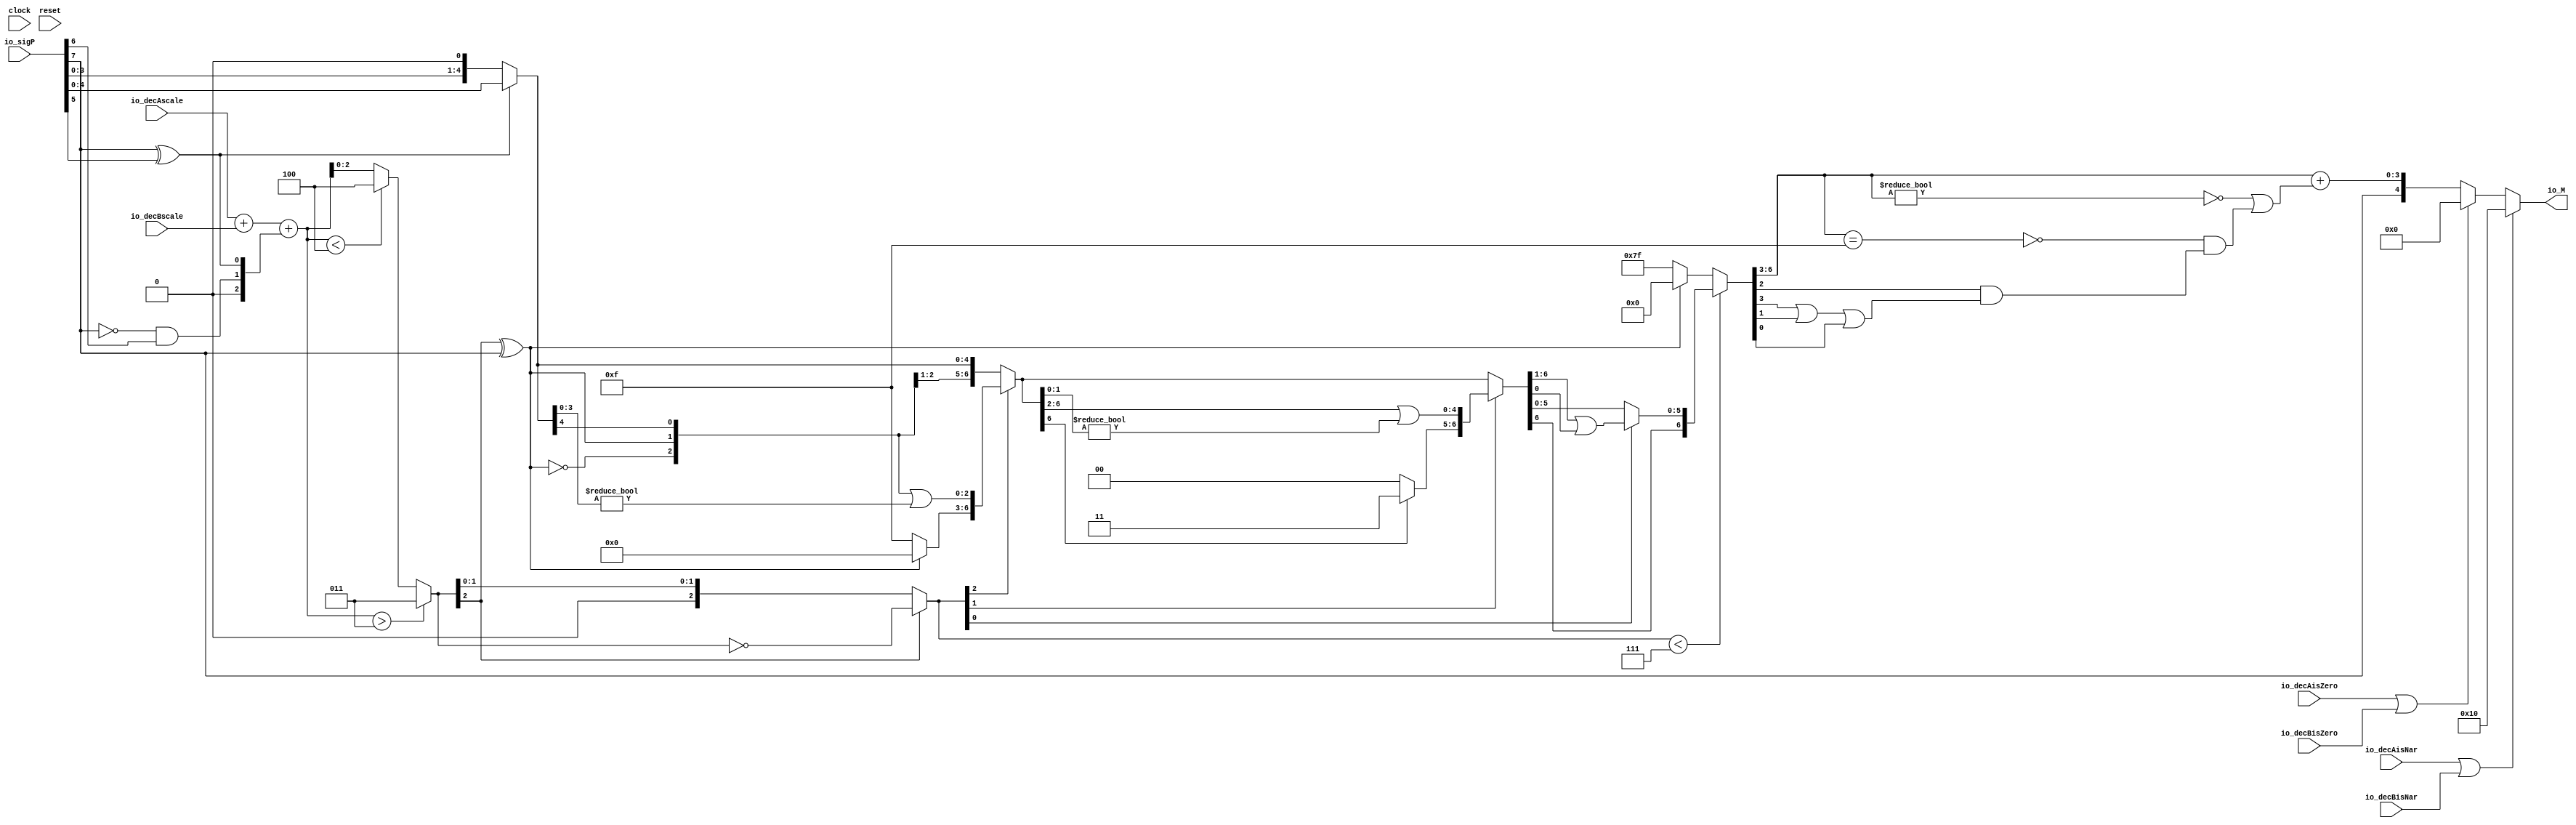
module PositMulEnc5_0(
  input        clock,
  input        reset,
  input  [7:0] io_sigP,
  input  [2:0] io_decAscale,
  input  [2:0] io_decBscale,
  input        io_decAisNar,
  input        io_decBisNar,
  input        io_decAisZero,
  input        io_decBisZero,
  output [4:0] io_M
);
  wire [1:0] head2; // @[PositMulEnc.scala 24:33]
  wire  _T; // @[PositMulEnc.scala 25:31]
  wire  _T_1; // @[PositMulEnc.scala 25:25]
  wire  _T_2; // @[PositMulEnc.scala 25:42]
  wire  addTwo; // @[PositMulEnc.scala 25:35]
  wire  _T_3; // @[PositMulEnc.scala 27:26]
  wire  _T_4; // @[PositMulEnc.scala 27:55]
  wire  addOne; // @[PositMulEnc.scala 27:46]
  wire [1:0] _T_5; // @[Cat.scala 29:58]
  wire [2:0] expBias; // @[PositMulEnc.scala 28:39]
  wire [4:0] _T_6; // @[PositMulEnc.scala 31:84]
  wire [3:0] _T_7; // @[PositMulEnc.scala 32:84]
  wire [4:0] _T_8; // @[PositMulEnc.scala 32:107]
  wire [4:0] frac; // @[PositMulEnc.scala 29:22]
  wire [3:0] _T_9; // @[PositMulEnc.scala 35:32]
  wire [3:0] _GEN_0; // @[PositMulEnc.scala 35:48]
  wire [3:0] _T_11; // @[PositMulEnc.scala 35:48]
  wire [3:0] mulScale; // @[PositMulEnc.scala 35:48]
  wire  underflow; // @[PositMulEnc.scala 36:28]
  wire  overflow; // @[PositMulEnc.scala 37:28]
  wire  decM_sign; // @[PositMulEnc.scala 40:32]
  wire [3:0] _T_14; // @[Mux.scala 87:16]
  wire [3:0] _T_15; // @[Mux.scala 87:16]
  wire [1:0] decM_fraction; // @[PositMulEnc.scala 48:29]
  wire  decM_isNaR; // @[PositMulEnc.scala 49:33]
  wire  decM_isZero; // @[PositMulEnc.scala 50:34]
  wire [2:0] grsTmp; // @[PositMulEnc.scala 53:30]
  wire [1:0] _T_19; // @[PositMulEnc.scala 56:32]
  wire  _T_20; // @[PositMulEnc.scala 56:48]
  wire [2:0] _GEN_1; // @[PositMulEnc.scala 39:23 PositMulEnc.scala 41:17]
  wire [2:0] decM_scale; // @[PositMulEnc.scala 39:23 PositMulEnc.scala 41:17]
  wire  _T_25; // @[convert.scala 49:36]
  wire [2:0] _T_27; // @[convert.scala 50:36]
  wire [2:0] _T_28; // @[convert.scala 50:36]
  wire [2:0] _T_29; // @[convert.scala 50:28]
  wire  _T_30; // @[convert.scala 51:31]
  wire  _T_31; // @[convert.scala 53:34]
  wire [6:0] _T_34; // @[Cat.scala 29:58]
  wire [2:0] _T_35; // @[Shift.scala 39:17]
  wire  _T_36; // @[Shift.scala 39:24]
  wire [2:0] _T_38; // @[Shift.scala 90:30]
  wire [3:0] _T_39; // @[Shift.scala 90:48]
  wire  _T_40; // @[Shift.scala 90:57]
  wire [2:0] _GEN_2; // @[Shift.scala 90:39]
  wire [2:0] _T_41; // @[Shift.scala 90:39]
  wire  _T_42; // @[Shift.scala 12:21]
  wire  _T_43; // @[Shift.scala 12:21]
  wire [3:0] _T_45; // @[Bitwise.scala 71:12]
  wire [6:0] _T_46; // @[Cat.scala 29:58]
  wire [6:0] _T_47; // @[Shift.scala 91:22]
  wire [1:0] _T_48; // @[Shift.scala 92:77]
  wire [4:0] _T_49; // @[Shift.scala 90:30]
  wire [1:0] _T_50; // @[Shift.scala 90:48]
  wire  _T_51; // @[Shift.scala 90:57]
  wire [4:0] _GEN_3; // @[Shift.scala 90:39]
  wire [4:0] _T_52; // @[Shift.scala 90:39]
  wire  _T_53; // @[Shift.scala 12:21]
  wire  _T_54; // @[Shift.scala 12:21]
  wire [1:0] _T_56; // @[Bitwise.scala 71:12]
  wire [6:0] _T_57; // @[Cat.scala 29:58]
  wire [6:0] _T_58; // @[Shift.scala 91:22]
  wire  _T_59; // @[Shift.scala 92:77]
  wire [5:0] _T_60; // @[Shift.scala 90:30]
  wire  _T_61; // @[Shift.scala 90:48]
  wire [5:0] _GEN_4; // @[Shift.scala 90:39]
  wire [5:0] _T_63; // @[Shift.scala 90:39]
  wire  _T_65; // @[Shift.scala 12:21]
  wire [6:0] _T_66; // @[Cat.scala 29:58]
  wire [6:0] _T_67; // @[Shift.scala 91:22]
  wire [6:0] _T_70; // @[Bitwise.scala 71:12]
  wire [6:0] _T_71; // @[Shift.scala 39:10]
  wire  _T_72; // @[convert.scala 55:31]
  wire  _T_73; // @[convert.scala 56:31]
  wire  _T_74; // @[convert.scala 57:31]
  wire  _T_75; // @[convert.scala 58:31]
  wire [3:0] _T_76; // @[convert.scala 59:69]
  wire  _T_77; // @[convert.scala 59:81]
  wire  _T_78; // @[convert.scala 59:50]
  wire  _T_80; // @[convert.scala 60:81]
  wire  _T_81; // @[convert.scala 61:44]
  wire  _T_82; // @[convert.scala 61:52]
  wire  _T_83; // @[convert.scala 61:36]
  wire  _T_84; // @[convert.scala 62:63]
  wire  _T_85; // @[convert.scala 62:103]
  wire  _T_86; // @[convert.scala 62:60]
  wire [3:0] _GEN_5; // @[convert.scala 63:56]
  wire [3:0] _T_89; // @[convert.scala 63:56]
  wire [4:0] _T_90; // @[Cat.scala 29:58]
  wire [4:0] _T_92; // @[Mux.scala 87:16]
  assign head2 = io_sigP[7:6]; // @[PositMulEnc.scala 24:33]
  assign _T = head2[1]; // @[PositMulEnc.scala 25:31]
  assign _T_1 = ~ _T; // @[PositMulEnc.scala 25:25]
  assign _T_2 = head2[0]; // @[PositMulEnc.scala 25:42]
  assign addTwo = _T_1 & _T_2; // @[PositMulEnc.scala 25:35]
  assign _T_3 = io_sigP[7]; // @[PositMulEnc.scala 27:26]
  assign _T_4 = io_sigP[5]; // @[PositMulEnc.scala 27:55]
  assign addOne = _T_3 ^ _T_4; // @[PositMulEnc.scala 27:46]
  assign _T_5 = {addTwo,addOne}; // @[Cat.scala 29:58]
  assign expBias = {1'b0,$signed(_T_5)}; // @[PositMulEnc.scala 28:39]
  assign _T_6 = io_sigP[4:0]; // @[PositMulEnc.scala 31:84]
  assign _T_7 = io_sigP[3:0]; // @[PositMulEnc.scala 32:84]
  assign _T_8 = {_T_7, 1'h0}; // @[PositMulEnc.scala 32:107]
  assign frac = addOne ? _T_6 : _T_8; // @[PositMulEnc.scala 29:22]
  assign _T_9 = $signed(io_decAscale) + $signed(io_decBscale); // @[PositMulEnc.scala 35:32]
  assign _GEN_0 = {{1{expBias[2]}},expBias}; // @[PositMulEnc.scala 35:48]
  assign _T_11 = $signed(_T_9) + $signed(_GEN_0); // @[PositMulEnc.scala 35:48]
  assign mulScale = $signed(_T_11); // @[PositMulEnc.scala 35:48]
  assign underflow = $signed(mulScale) < $signed(-4'sh4); // @[PositMulEnc.scala 36:28]
  assign overflow = $signed(mulScale) > $signed(4'sh3); // @[PositMulEnc.scala 37:28]
  assign decM_sign = io_sigP[7:7]; // @[PositMulEnc.scala 40:32]
  assign _T_14 = underflow ? $signed(-4'sh4) : $signed(mulScale); // @[Mux.scala 87:16]
  assign _T_15 = overflow ? $signed(4'sh3) : $signed(_T_14); // @[Mux.scala 87:16]
  assign decM_fraction = frac[4:3]; // @[PositMulEnc.scala 48:29]
  assign decM_isNaR = io_decAisNar | io_decBisNar; // @[PositMulEnc.scala 49:33]
  assign decM_isZero = io_decAisZero | io_decBisZero; // @[PositMulEnc.scala 50:34]
  assign grsTmp = frac[2:0]; // @[PositMulEnc.scala 53:30]
  assign _T_19 = grsTmp[2:1]; // @[PositMulEnc.scala 56:32]
  assign _T_20 = grsTmp[0:0]; // @[PositMulEnc.scala 56:48]
  assign _GEN_1 = _T_15[2:0]; // @[PositMulEnc.scala 39:23 PositMulEnc.scala 41:17]
  assign decM_scale = $signed(_GEN_1); // @[PositMulEnc.scala 39:23 PositMulEnc.scala 41:17]
  assign _T_25 = decM_scale[2:2]; // @[convert.scala 49:36]
  assign _T_27 = ~ decM_scale; // @[convert.scala 50:36]
  assign _T_28 = $signed(_T_27); // @[convert.scala 50:36]
  assign _T_29 = _T_25 ? $signed(_T_28) : $signed(decM_scale); // @[convert.scala 50:28]
  assign _T_30 = _T_25 ^ decM_sign; // @[convert.scala 51:31]
  assign _T_31 = ~ _T_30; // @[convert.scala 53:34]
  assign _T_34 = {_T_31,_T_30,decM_fraction,_T_19,_T_20}; // @[Cat.scala 29:58]
  assign _T_35 = $unsigned(_T_29); // @[Shift.scala 39:17]
  assign _T_36 = _T_35 < 3'h7; // @[Shift.scala 39:24]
  assign _T_38 = _T_34[6:4]; // @[Shift.scala 90:30]
  assign _T_39 = _T_34[3:0]; // @[Shift.scala 90:48]
  assign _T_40 = _T_39 != 4'h0; // @[Shift.scala 90:57]
  assign _GEN_2 = {{2'd0}, _T_40}; // @[Shift.scala 90:39]
  assign _T_41 = _T_38 | _GEN_2; // @[Shift.scala 90:39]
  assign _T_42 = _T_35[2]; // @[Shift.scala 12:21]
  assign _T_43 = _T_34[6]; // @[Shift.scala 12:21]
  assign _T_45 = _T_43 ? 4'hf : 4'h0; // @[Bitwise.scala 71:12]
  assign _T_46 = {_T_45,_T_41}; // @[Cat.scala 29:58]
  assign _T_47 = _T_42 ? _T_46 : _T_34; // @[Shift.scala 91:22]
  assign _T_48 = _T_35[1:0]; // @[Shift.scala 92:77]
  assign _T_49 = _T_47[6:2]; // @[Shift.scala 90:30]
  assign _T_50 = _T_47[1:0]; // @[Shift.scala 90:48]
  assign _T_51 = _T_50 != 2'h0; // @[Shift.scala 90:57]
  assign _GEN_3 = {{4'd0}, _T_51}; // @[Shift.scala 90:39]
  assign _T_52 = _T_49 | _GEN_3; // @[Shift.scala 90:39]
  assign _T_53 = _T_48[1]; // @[Shift.scala 12:21]
  assign _T_54 = _T_47[6]; // @[Shift.scala 12:21]
  assign _T_56 = _T_54 ? 2'h3 : 2'h0; // @[Bitwise.scala 71:12]
  assign _T_57 = {_T_56,_T_52}; // @[Cat.scala 29:58]
  assign _T_58 = _T_53 ? _T_57 : _T_47; // @[Shift.scala 91:22]
  assign _T_59 = _T_48[0:0]; // @[Shift.scala 92:77]
  assign _T_60 = _T_58[6:1]; // @[Shift.scala 90:30]
  assign _T_61 = _T_58[0:0]; // @[Shift.scala 90:48]
  assign _GEN_4 = {{5'd0}, _T_61}; // @[Shift.scala 90:39]
  assign _T_63 = _T_60 | _GEN_4; // @[Shift.scala 90:39]
  assign _T_65 = _T_58[6]; // @[Shift.scala 12:21]
  assign _T_66 = {_T_65,_T_63}; // @[Cat.scala 29:58]
  assign _T_67 = _T_59 ? _T_66 : _T_58; // @[Shift.scala 91:22]
  assign _T_70 = _T_43 ? 7'h7f : 7'h0; // @[Bitwise.scala 71:12]
  assign _T_71 = _T_36 ? _T_67 : _T_70; // @[Shift.scala 39:10]
  assign _T_72 = _T_71[3]; // @[convert.scala 55:31]
  assign _T_73 = _T_71[2]; // @[convert.scala 56:31]
  assign _T_74 = _T_71[1]; // @[convert.scala 57:31]
  assign _T_75 = _T_71[0]; // @[convert.scala 58:31]
  assign _T_76 = _T_71[6:3]; // @[convert.scala 59:69]
  assign _T_77 = _T_76 != 4'h0; // @[convert.scala 59:81]
  assign _T_78 = ~ _T_77; // @[convert.scala 59:50]
  assign _T_80 = _T_76 == 4'hf; // @[convert.scala 60:81]
  assign _T_81 = _T_72 | _T_74; // @[convert.scala 61:44]
  assign _T_82 = _T_81 | _T_75; // @[convert.scala 61:52]
  assign _T_83 = _T_73 & _T_82; // @[convert.scala 61:36]
  assign _T_84 = ~ _T_80; // @[convert.scala 62:63]
  assign _T_85 = _T_84 & _T_83; // @[convert.scala 62:103]
  assign _T_86 = _T_78 | _T_85; // @[convert.scala 62:60]
  assign _GEN_5 = {{3'd0}, _T_86}; // @[convert.scala 63:56]
  assign _T_89 = _T_76 + _GEN_5; // @[convert.scala 63:56]
  assign _T_90 = {decM_sign,_T_89}; // @[Cat.scala 29:58]
  assign _T_92 = decM_isZero ? 5'h0 : _T_90; // @[Mux.scala 87:16]
  assign io_M = decM_isNaR ? 5'h10 : _T_92; // @[PositMulEnc.scala 64:8]
endmodule